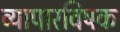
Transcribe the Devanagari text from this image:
व्यापारविषक